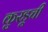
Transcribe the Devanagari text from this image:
कुरडूची